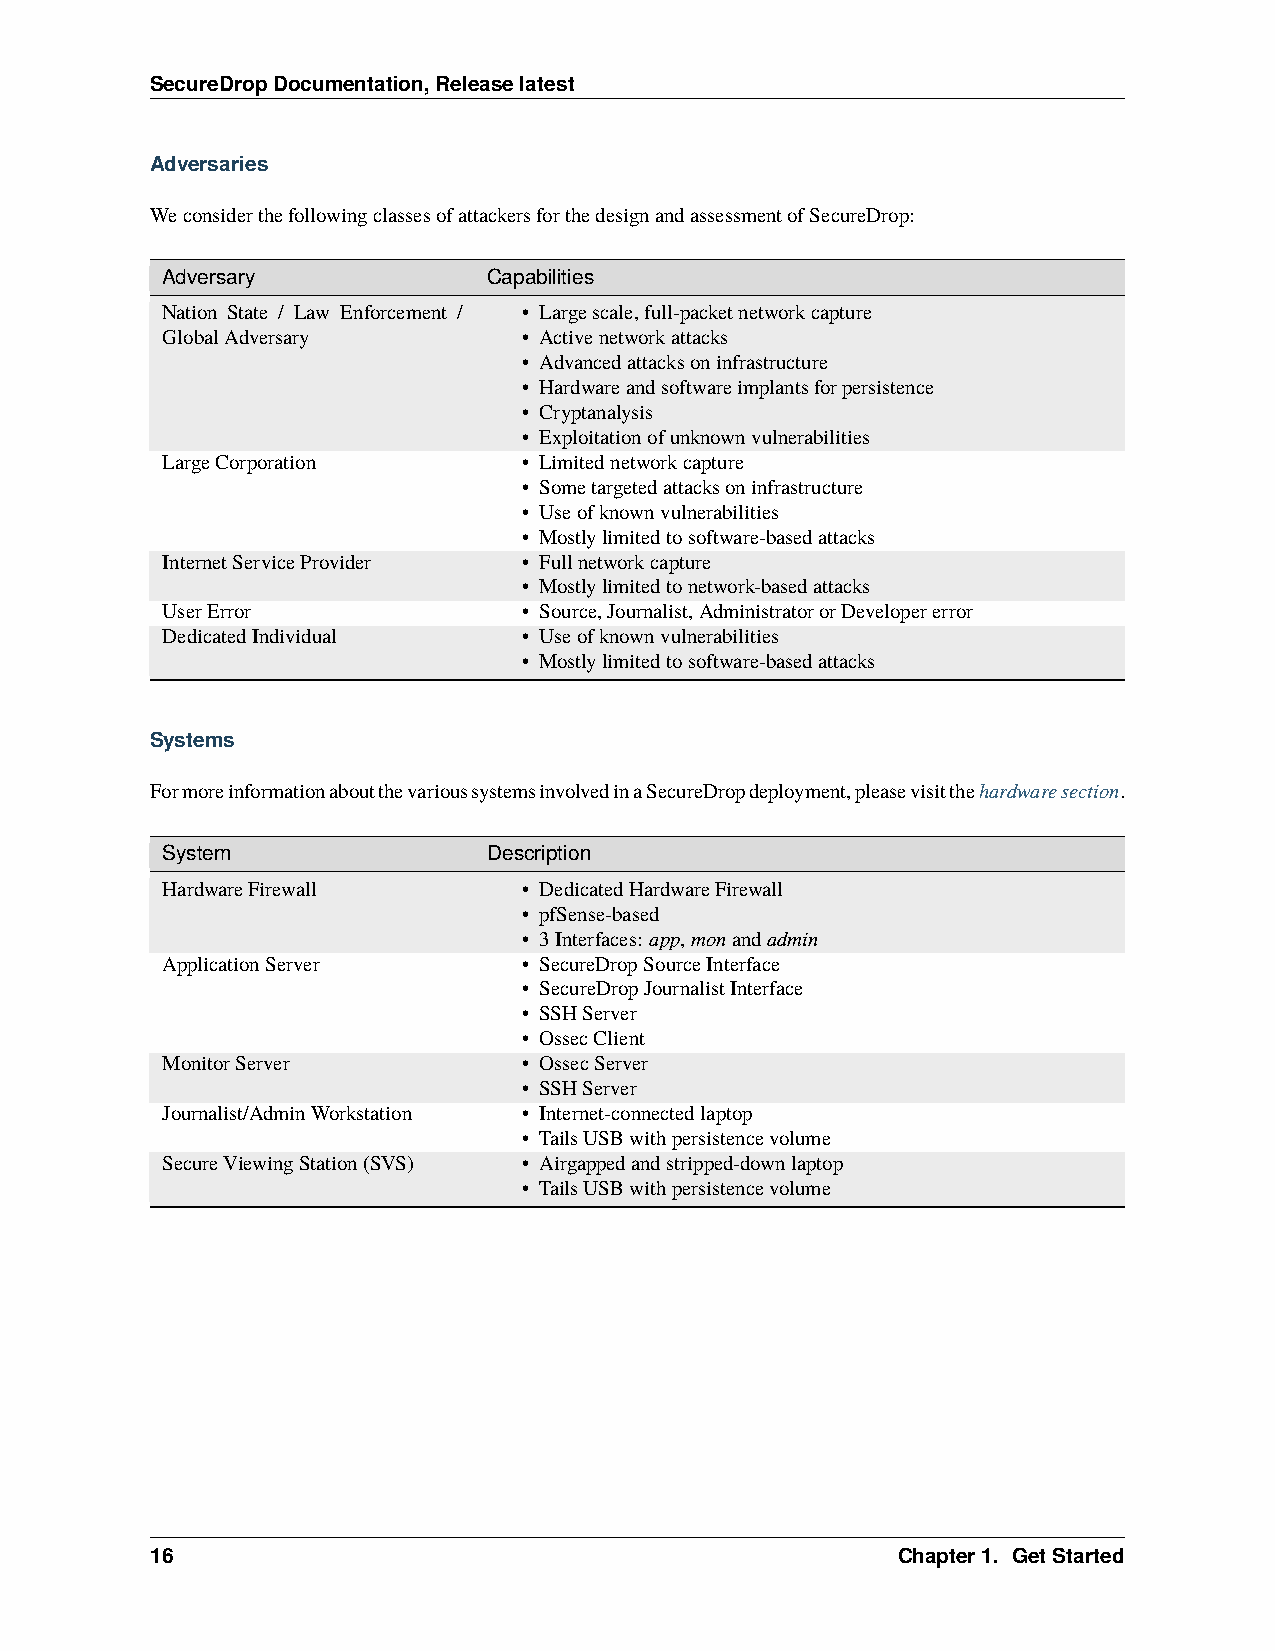
SecureDropDocumentation,Releaselatest
 Adversaries
 WeconsiderthefollowingclassesofattackersforthedesignandassessmentofSecureDrop:
 Adversary            Capabilities
 Nation State / Law Enforcement / • Largescale,full-packetnetworkcapture
 GlobalAdversary         • Activenetworkattacks
 • Advancedattacksoninfrastructure
 • Hardwareandsoftwareimplantsforpersistence
 • Cryptanalysis
 • Exploitationofunknownvulnerabilities
 LargeCorporation        • Limitednetworkcapture
 • Sometargetedattacksoninfrastructure
 • Useofknownvulnerabilities
 • Mostlylimitedtosoftware-basedattacks
 InternetServiceProvider • Fullnetworkcapture
 • Mostlylimitedtonetwork-basedattacks
 UserError               • Source,Journalist,AdministratororDevelopererror
 DedicatedIndividual     • Useofknownvulnerabilities
 • Mostlylimitedtosoftware-basedattacks
 Systems
 FormoreinformationaboutthevarioussystemsinvolvedinaSecureDropdeployment,pleasevisitthehardwaresection.
 System               Description
 HardwareFirewall        • DedicatedHardwareFirewall
 • pfSense-based
 • 3Interfaces: app,monandadmin
 ApplicationServer       • SecureDropSourceInterface
 • SecureDropJournalistInterface
 • SSHServer
 • OssecClient
 MonitorServer           • OssecServer
 • SSHServer
 Journalist/AdminWorkstation • Internet-connectedlaptop
 • TailsUSBwithpersistencevolume
 SecureViewingStation(SVS) • Airgappedandstripped-downlaptop
 • TailsUSBwithpersistencevolume
 16                                               Chapter1. GetStarted